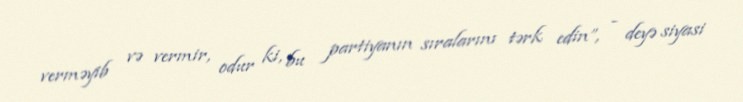
verməyib və vermir, odur ki, bu partiyanın sıralarını tərk edin”, - deyə siyasi